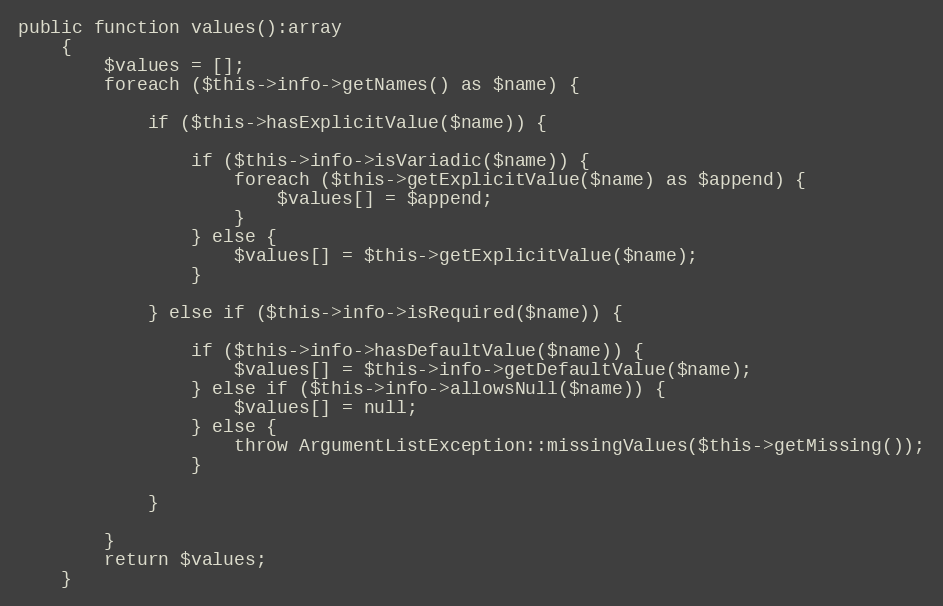
Language: PHP
public function values():array
    {
        $values = [];
        foreach ($this->info->getNames() as $name) {

            if ($this->hasExplicitValue($name)) {

                if ($this->info->isVariadic($name)) {
                    foreach ($this->getExplicitValue($name) as $append) {
                        $values[] = $append;
                    }
                } else {
                    $values[] = $this->getExplicitValue($name);
                }

            } else if ($this->info->isRequired($name)) {

                if ($this->info->hasDefaultValue($name)) {
                    $values[] = $this->info->getDefaultValue($name);
                } else if ($this->info->allowsNull($name)) {
                    $values[] = null;
                } else {
                    throw ArgumentListException::missingValues($this->getMissing());
                }

            }

        }
        return $values;
    }